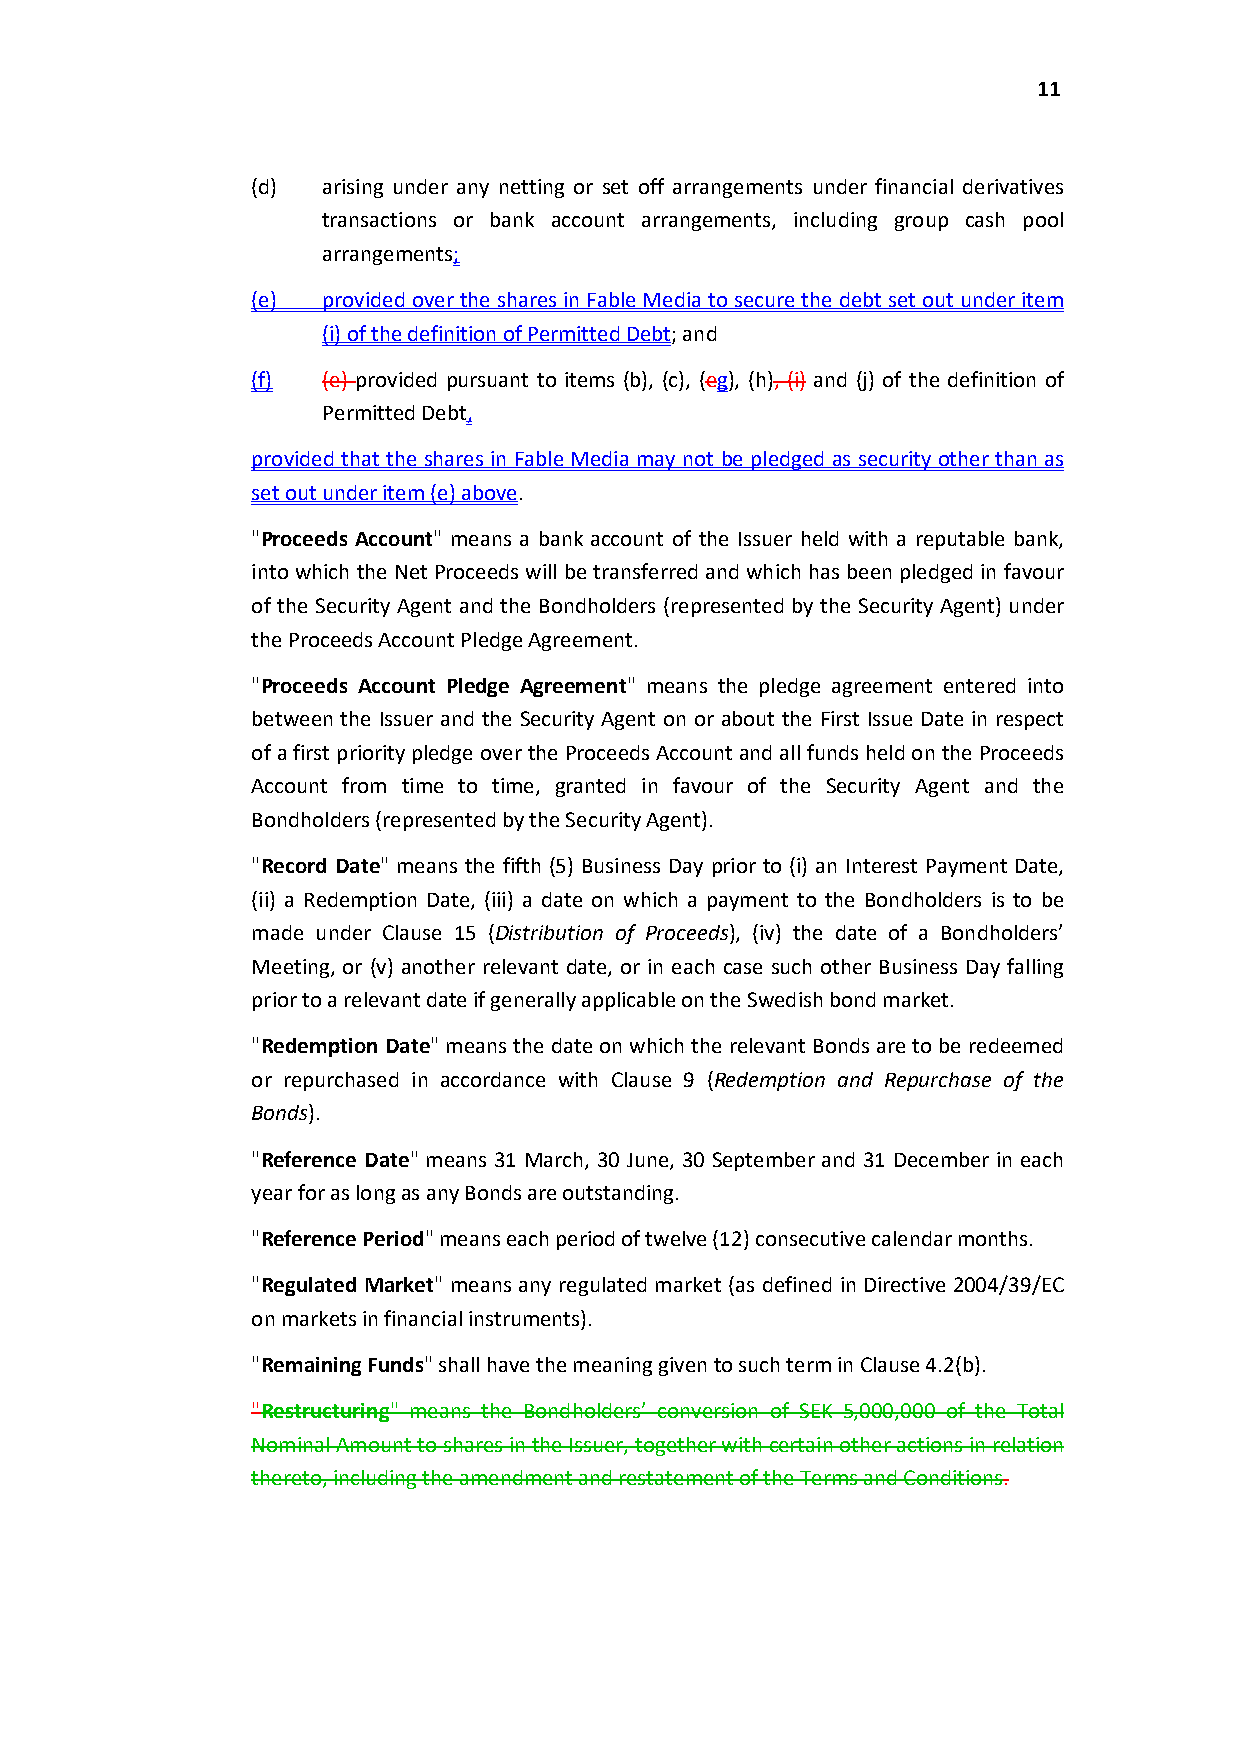
11
 (d) arising under any netting or set off arrangements under financial derivatives
 transactions or bank account arrangements, including group cash pool
 arrangements;
 (e) provided over the shares in Fable Media to secure the debt set out under item
 (i) of the definition of Permitted Debt; and
 (f) (e) provided pursuant to items (b), (c), (eg), (h), (i) and (j) of the definition of
 Permitted Debt,
 provided that the shares in Fable Media may not be pledged as security other than as
 set out under item (e) above.
 "Proceeds Account" means a bank account of the Issuer held with a reputable bank,
 into which the Net Proceeds will be transferred and which has been pledged in favour
 of the Security Agent and the Bondholders (represented by the Security Agent) under
 the Proceeds Account Pledge Agreement.
 "Proceeds Account Pledge Agreement" means the pledge agreement entered into
 between the Issuer and the Security Agent on or about the First Issue Date in respect
 of a first priority pledge over the Proceeds Account and all funds held on the Proceeds
 Account from time to time, granted in favour of the Security Agent and the
 Bondholders (represented by the Security Agent).
 "Record Date" means the fifth (5) Business Day prior to (i) an Interest Payment Date,
 (ii) a Redemption Date, (iii) a date on which a payment to the Bondholders is to be
 made under Clause 15 (Distribution of Proceeds), (iv) the date of a Bondholders’
 Meeting, or (v) another relevant date, or in each case such other Business Day falling
 prior to a relevant date if generally applicable on the Swedish bond market.
 "Redemption Date" means the date on which the relevant Bonds are to be redeemed
 or repurchased in accordance with Clause 9 (Redemption and Repurchase of the
 Bonds).
 "Reference Date" means 31 March, 30 June, 30 September and 31 December in each
 year for as longas any Bonds are outstanding.
 "Reference Period" means each period of twelve (12) consecutive calendar months.
 "Regulated Market" means any regulated market (as defined in Directive 2004/39/EC
 on markets in financial instruments).
 "Remaining Funds" shall have the meaning givento such term in Clause 4.2(b).
 "Restructuring" means the Bondholders’ conversion of SEK 5,000,000 of the Total
 Nominal Amount to shares in the Issuer, together with certain other actions in relation
 thereto, including the amendment and restatement of the Terms and Conditions.